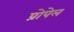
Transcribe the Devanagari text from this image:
प्रोपेल